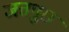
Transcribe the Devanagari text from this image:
जतपुरा